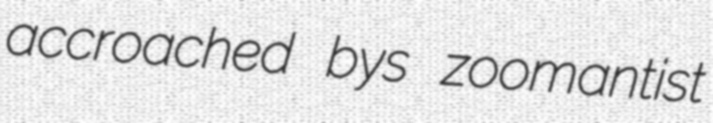
accroached bys zoomantist